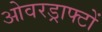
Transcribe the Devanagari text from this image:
ओवरड्राफ्टों